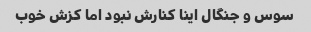
سوس و جنگال اینا کنارش نبود اما کزش خوب